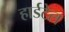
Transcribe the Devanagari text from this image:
हार्डटेल